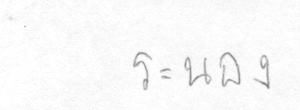
ระนอง